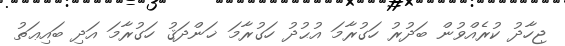
ޖިހާދު ކުރެއްވުން ބަދުރު ހަގުރާމަ އުޙުދު ހަގުރާމަ ޚަންދަޤު ހަގުރާމަ އަދި ބައިޢަތު